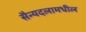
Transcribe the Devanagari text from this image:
सैन्यदलामधील